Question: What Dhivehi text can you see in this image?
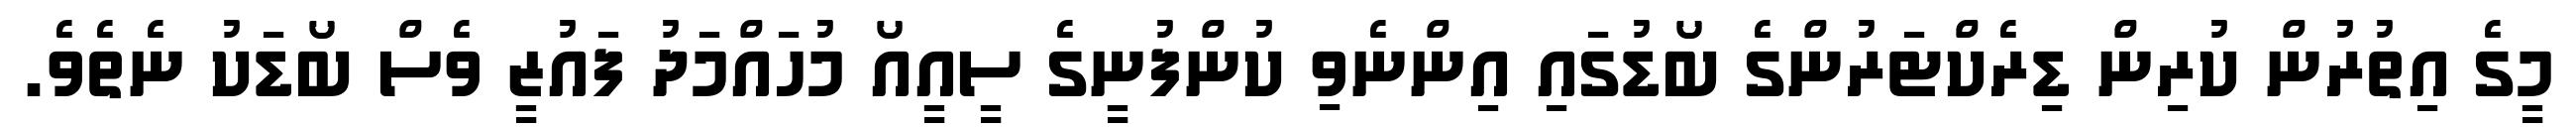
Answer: މީގެ އިތުރުން ކުރިން ޑިރެކްޓަރުންގެ ބޯޑުގައި އިންނެވި ކުންފުނީގެ ސީއީއޯ މުހައްމަދު ފައުޒީ ވެސް ބޯޑަކު ނެތެވެ.